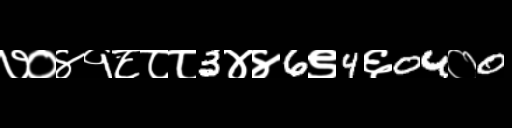
Text: ७०४१८८८3४४6९4६04०0